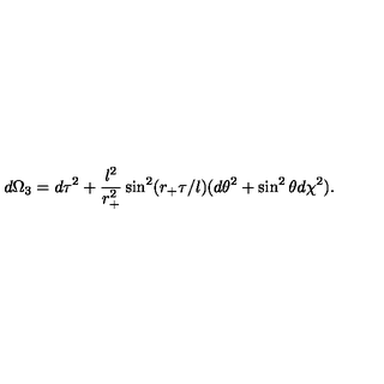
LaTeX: d \Omega _ { 3 } = d \tau ^ { 2 } + \frac { l ^ { 2 } } { r _ { + } ^ { 2 } } \sin ^ { 2 } ( r _ { + } \tau / l ) ( d \theta ^ { 2 } + \sin ^ { 2 } \theta d \chi ^ { 2 } ) .